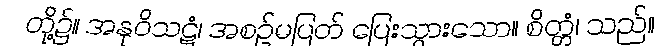
တို့၌။ အနုဝိသဋံ၊ အစဉ်မပြတ် ပြေးသွားသော။ စိတ္တံ၊ သည်။